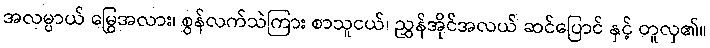
အလမ္ပာယ် မြွေအလား၊ စွန်လက်သဲကြား စာသူငယ်၊ ညွှန်အိုင်အလယ် ဆင်ပြောင် နှင့် တူလှ၏။